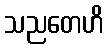
သညတေဟိ